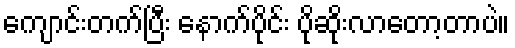
ကျောင်းတက်ပြီး နောက်ပိုင်း ပိုဆိုးလာတော့တာပဲ။